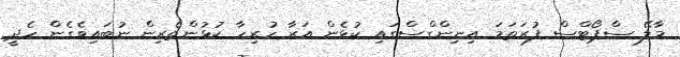
މާލޭ ސްޕޯޓްސް ފުރަތަމަ އިނިންގްސްގައި ކުޅެން އަރާ ހުރިހާ ކުޅުންތެރިން ނުބައިވެގެން ހެދީ